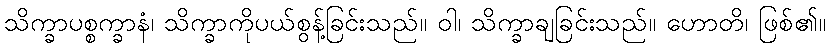
သိက္ခာပစ္စက္ခာနံ၊ သိက္ခာကိုပယ်စွန့်ခြင်းသည်။ ဝါ၊ သိက္ခာချခြင်းသည်။ ဟောတိ၊ ဖြစ်၏။